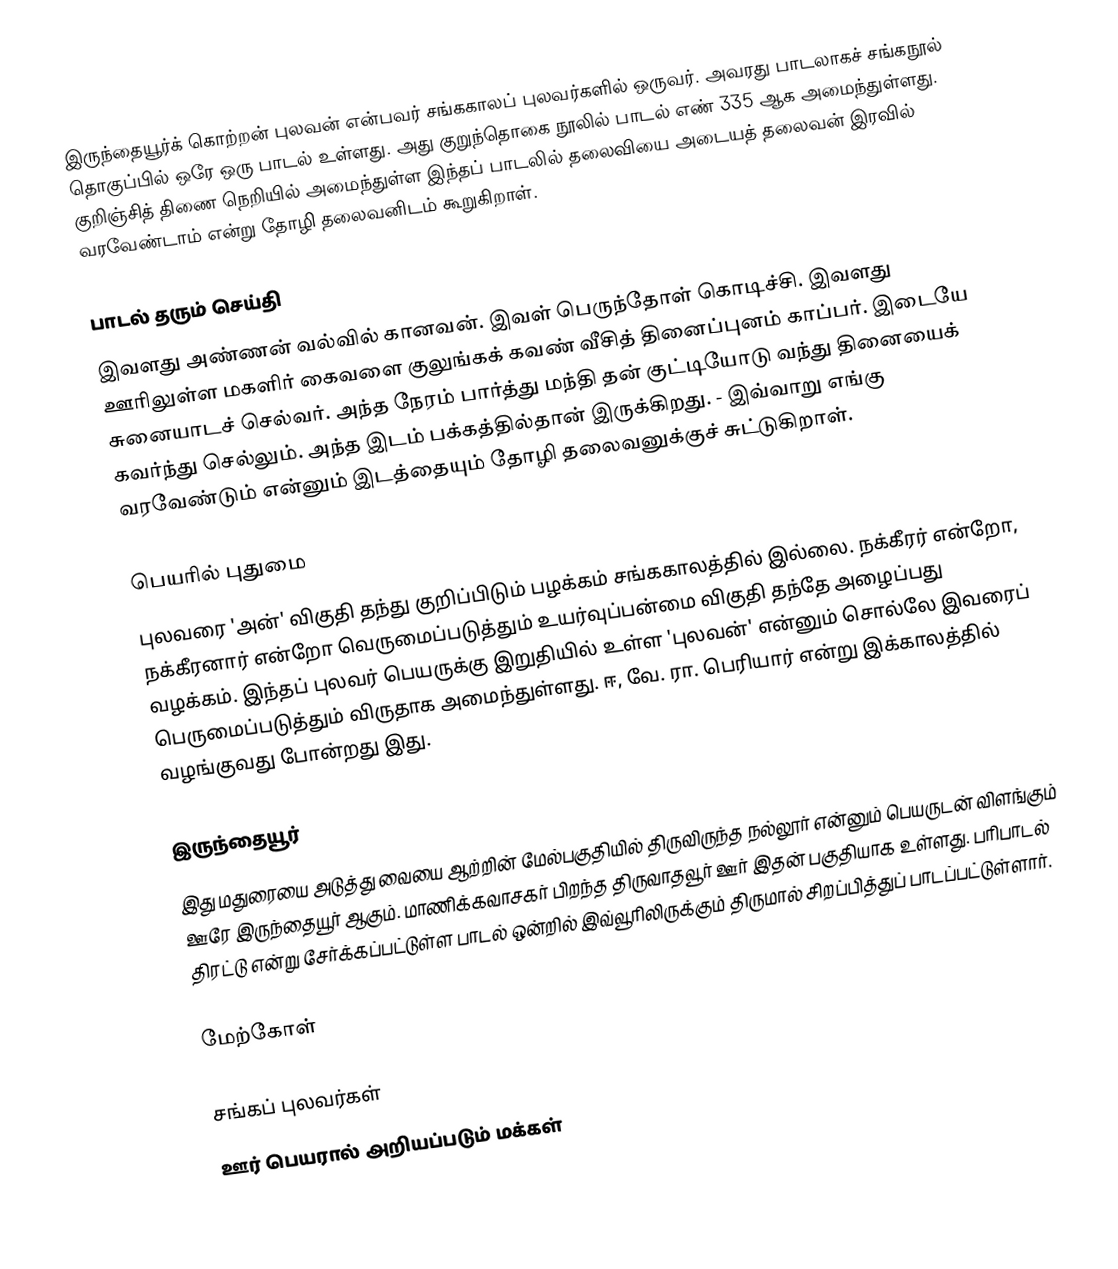
இருந்தையூர்க் கொற்றன் புலவன் என்பவர் சங்ககாலப் புலவர்களில் ஒருவர். அவரது பாடலாகச் சங்கநூல் தொகுப்பில் ஒரே  ஒரு பாடல் உள்ளது. அது குறுந்தொகை நூலில் பாடல் எண் 335 ஆக அமைந்துள்ளது. குறிஞ்சித் திணை நெறியில் அமைந்துள்ள இந்தப் பாடலில் தலைவியை அடையத் தலைவன் இரவில் வரவேண்டாம் என்று தோழி தலைவனிடம் கூறுகிறாள்.

பாடல் தரும் செய்தி
இவளது அண்ணன் வல்வில் கானவன். இவள் பெருந்தோள் கொடிச்சி. இவளது ஊரிலுள்ள மகளிர் கைவளை குலுங்கக் கவண் வீசித் தினைப்புனம் காப்பர். இடையே சுனையாடச் செல்வர். அந்த நேரம் பார்த்து மந்தி தன் குட்டியோடு வந்து தினையைக் கவர்ந்து செல்லும். அந்த இடம் பக்கத்தில்தான் இருக்கிறது. - இவ்வாறு எங்கு வரவேண்டும் என்னும் இடத்தையும் தோழி தலைவனுக்குச் சுட்டுகிறாள்.

பெயரில் புதுமை
புலவரை 'அன்' விகுதி தந்து குறிப்பிடும் பழக்கம் சங்ககாலத்தில் இல்லை. நக்கீரர் என்றோ, நக்கீரனார் என்றோ வெருமைப்படுத்தும் உயர்வுப்பன்மை விகுதி தந்தே அழைப்பது வழக்கம். இந்தப் புலவர் பெயருக்கு இறுதியில் உள்ள 'புலவன்' என்னும் சொல்லே இவரைப் பெருமைப்படுத்தும் விருதாக அமைந்துள்ளது. ஈ, வே. ரா. பெரியார் என்று இக்காலத்தில் வழங்குவது போன்றது இது.

இருந்தையூர்
இது மதுரையை அடுத்து வையை ஆற்றின் மேல்பகுதியில் திருவிருந்த நல்லூர் என்னும் பெயருடன் விளங்கும் ஊரே இருந்தையூர் ஆகும். மாணிக்கவாசகர்  பிறந்த திருவாதவூர் ஊர் இதன் பகுதியாக உள்ளது. பரிபாடல் திரட்டு என்று சேர்க்கப்பட்டுள்ள பாடல் ஒன்றில் இவ்வூரிலிருக்கும் திருமால் சிறப்பித்துப் பாடப்பட்டுள்ளார்.

மேற்கோள்

சங்கப் புலவர்கள்
ஊர் பெயரால் அறியப்படும் மக்கள்